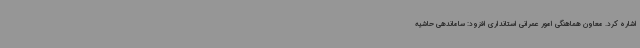
اشاره کرد. معاون هماهنگی امور عمرانی استانداری افزود: ساماندهی حاشیه